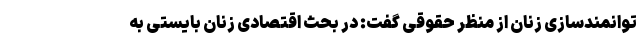
توانمندسازی زنان از منظر حقوقی گفت: در بحث اقتصادی زنان بایستی به